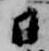
日